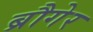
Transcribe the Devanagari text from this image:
ब्रौगेर